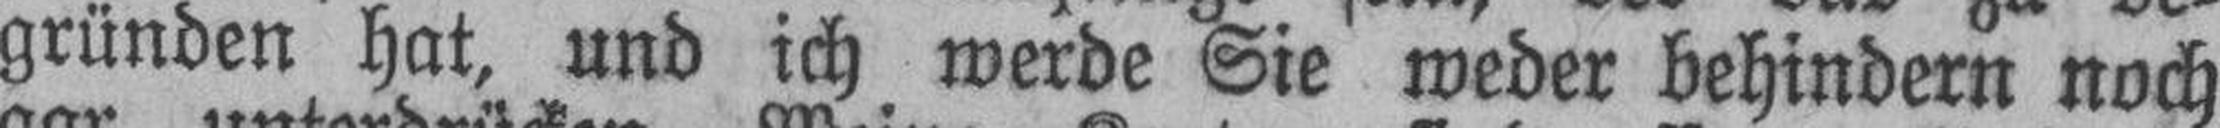
gründen hat, und ich werde Sie weder behindern noch